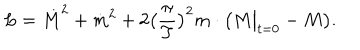
L = { \dot { M } } ^ { 2 } + { \dot { m } } ^ { 2 } + 2 \bigl ( \frac { \pi } { T } \bigr ) ^ { 2 } m \cdot \bigl ( M \big \vert _ { t = 0 } - M \bigr ) .